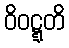
ဝိဝဋ္ဋတိ